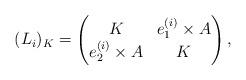
LaTeX: \begin{align*}(L_i)_K=\begin{pmatrix}K & e^{(i)}_1 \times A \\ e_2^{(i)} \times A& K\end{pmatrix},\end{align*}